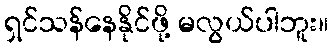
ရှင်သန်နေနိုင်ဖို့ မလွယ်ပါဘူး။